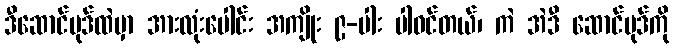
ဒီဆောင်ပုဒ်ထဲမှာ အားလုံးပေါင်း အကျိုး ၉-ပါး ပါဝင်တယ်၊ ကဲ အဲဒီ ဆောင်ပုဒ်ကို